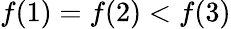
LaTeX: f(1)=f(2)<f(3)